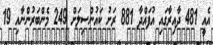
އެއީ 481 ދާއިރާގައި އުފައްދާ 881 ރަށު ކައުންސިލަށް 249 މެންބަރުންނާއި 19